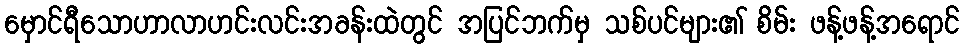
မှောင်ရီသောဟာလာဟင်းလင်းအခန်းထဲတွင် အပြင်ဘက်မှ သစ်ပင်များ၏ စိမ်း ဖန့်ဖန့်အရောင်